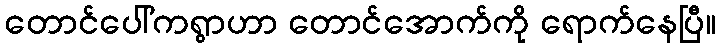
တောင်ပေါ်ကရွာဟာ တောင်အောက်ကို ရောက်နေပြီ။